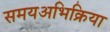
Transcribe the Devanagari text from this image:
समयअभिक्रिया